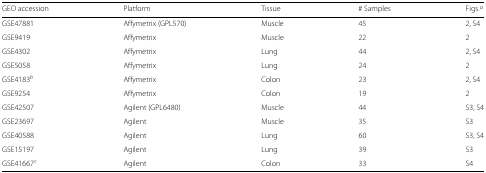
| GEO accession | Platform | Tissue | # Samples | Figs. a |
 | --- | --- | --- | --- | --- |
 | GSE47881 | Affymetrix (GPL570) | Muscle | 45 | 2, S4 |
 | GSE9419 | Affymetrix | Muscle | 22 | 2 |
 | GSE4302 | Affymetrix | Lung | 44 | 2, S4 |
 | GSE5058 | Affymetrix | Lung | 24 | 2 |
 | GSE4183 b | Affymetrix | Colon | 23 | 2, S4 |
 | GSE9254 | Affymetrix | Colon | 19 | 2 |
 | GSE42507 | Agilent (GPL6480) | Muscle | 44 | S3, S4 |
 | GSE23697 | Agilent | Muscle | 35 | S3 |
 | GSE40588 | Agilent | Lung | 60 | S3, S4 |
 | GSE15197 | Agilent | Lung | 39 | S3 |
 | GSE41667 c | Agilent | Colon | 33 | S4 |